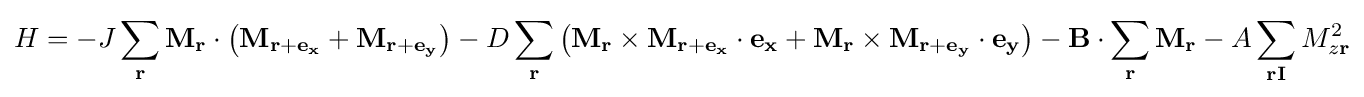
H=-J\sum _{\mathbf {r} }\mathbf {M_{r}} \cdot \left(\mathbf {M_{r+e_{x}}} +\mathbf {M_{r+e_{y}}} \right)-D\sum _{\mathbf {r} }\left(\mathbf {M_{r}} \times \mathbf {M_{r+e_{x}}} \cdot \mathbf {e_{x}} +\mathbf {M_{r}} \times \mathbf {M_{r+e_{y}}} \cdot \mathbf {e_{y}} \right)-\mathbf {B} \cdot \sum _{\mathbf {r} }\mathbf {M_{r}} -A\sum _{\mathbf {rI} }M_{z\mathbf {r} }^{2}